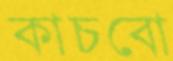
কাচবো